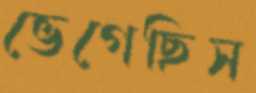
ভেগেছিস